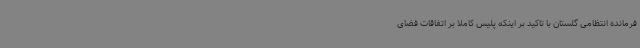
فرمانده انتظامی گلستان با تاکید بر اینکه پلیس کاملا بر اتفاقات فضای